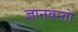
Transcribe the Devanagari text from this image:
ज्ञानवन्तो